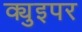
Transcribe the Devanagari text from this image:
क्युइपर